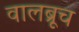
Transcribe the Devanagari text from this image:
वालब्रूच